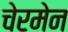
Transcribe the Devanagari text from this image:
चेरमेन